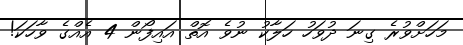
މަހަށްވުރެ ގިނަ ދުވަހު ހަލާކު ނުވެ އޮތް އައިފޯން 4 އެއްގެ ވާހަކަ!